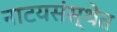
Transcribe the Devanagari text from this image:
नाटयसंस्थेत